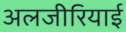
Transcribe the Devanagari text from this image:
अलजीरियाई